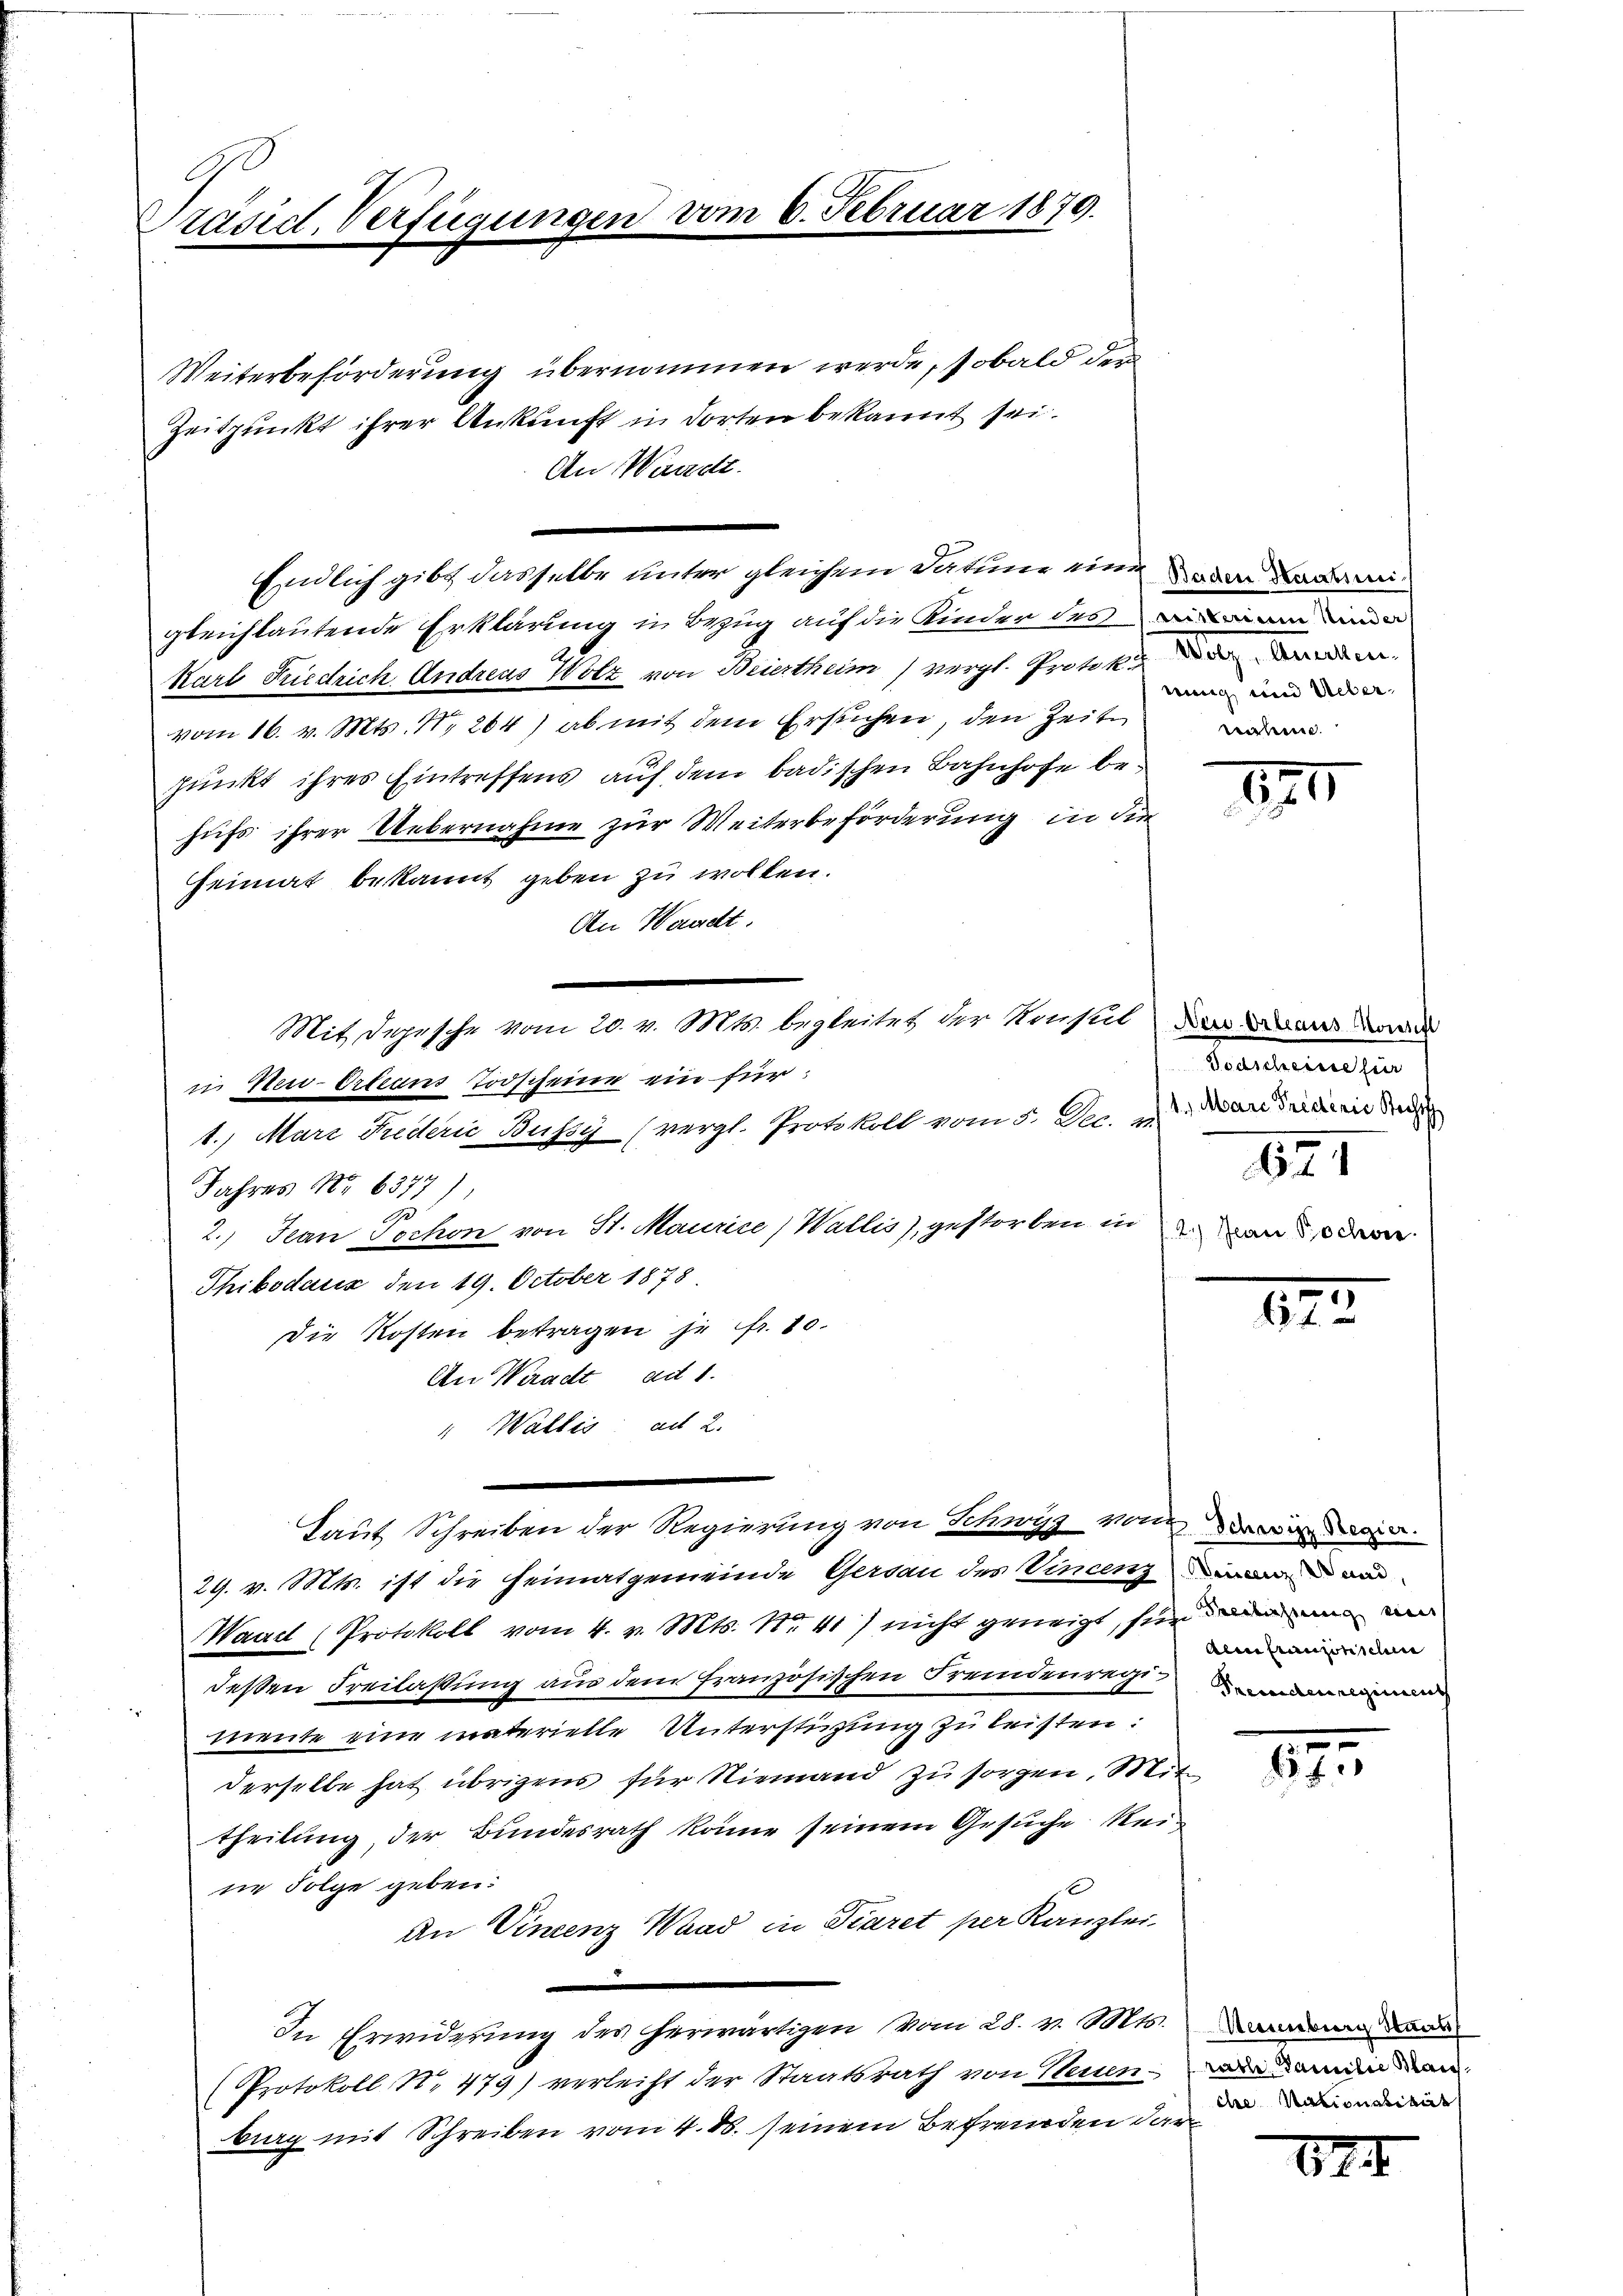
Präsid. Verfügungen vom 6. Februar 1879.

Weiterbeförderung übernommen werde, sobald der
Zeitpunkt ihrer Ankunft in dorten bekannt sei.
An Waadt.
gleichlautende Erklärung in Bezug auf die Kinder desimann u
Karl Friedrich Andreas Wolz von Beiertheim) vergl. Protok der
vom 16. v. Mts. 1264) ab mit dem Ersuchen, den Zeit
punkt ihres Eintreffens auf dem badischen Bahnhofe behufs ihrer Uebernahme zur Weiterbeförderung in die
Heimat bekannt geben zu wolken.
An Waadt.
in Neu-Orleans Todscheine ein für
1.) Mare Fudern Bussy (vergl. Protokoll vom 5. Dec. v. u. Marieren de
Jahres No 6377)
15
2.) Jean Tochon von St. Maurice, Wallis), gestorben in von den
Thibodass den 19. October 1878
Die Kosten betragen je fr. 80.
An Waadt ad 1.
" Wallis ad 2.
Laut Schreiben der Regierung von Schwyz von wird
29. v. Mts. ist die Heimatgemeinde Gersau des Vincenz ein
Waadt (Protokoll vom 4. v. Mts. Nr. 41) nicht geneigt, für a
deßen Freilassung aus dem französischen Fremdenrecht
meute eine materielle Unterstüzung zu leisten:
derselbe hat übrigens für Niemand zu sorgen. Mite
theilung der Bundesrath könne seinem Gesuche Reite Folge geben:
An Vincenz Waad in Fiaret per Kanzlei
In Erwiderŭng des herwärtigen vom 28. v. Mts.
Protokoll No 479) verleiht der Staatsrath von Neuenburg mit Schreiben vom 4. 88. seinem Befremden der die in de

Mit Depesche vom 20. v. Mts. begleitet der Konsul an d

Endlich gibt dasselbe unter gleichem Datum einem admi¬

wing und Ueberreichnen.

170

Todscheine für
621

122.

Aln Cranzösischen

1

amburg Staat
rathe Familie Blanc

844.